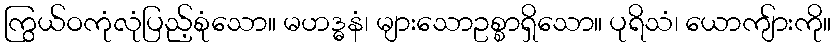
ကြွယ်ဝကုံလုံပြည့်စုံသော။ မဟဒ္ဓနံ၊ များသောဥစ္စာရှိသော။ ပုရိသံ၊ ယောကျ်ားကို။